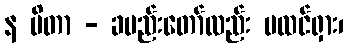
န ပိတာ - ခမည်းတော်လည်း မထင်ရှား၊